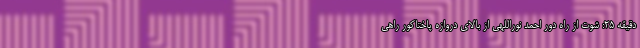
دقیقه 25: شوت از راه دور احمد نوراللهی از بالای دروازه پاختاکور راهی